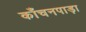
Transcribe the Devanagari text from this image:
काँचनपाड़ा